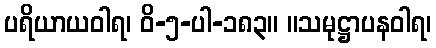
ပရိယာယဝါရ၊ ဝိ-၅-ပါ-၁၈၃။ ။သမုဋ္ဌာပနဝါရ၊